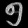
Digit: ၅